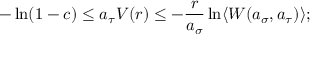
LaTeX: - \ln ( 1 - c ) \leq a _ { \tau } V ( r ) \leq - \frac { r } { a _ { \sigma } } \ln \langle W ( a _ { \sigma } , a _ { \tau } ) \rangle ;